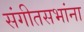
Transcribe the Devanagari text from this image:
संगीतसभांना